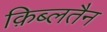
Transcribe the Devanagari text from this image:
क़िब्लतैन